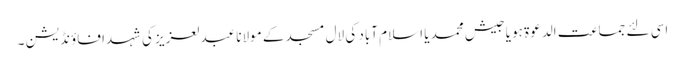
اسی لئے جماعت الدعوۃ ہو یا جیش محمد یا اسلام آباد کی لال مسجد کے مولانا عبدلعزیز کی شہدا فاؤنڈیشن ۔